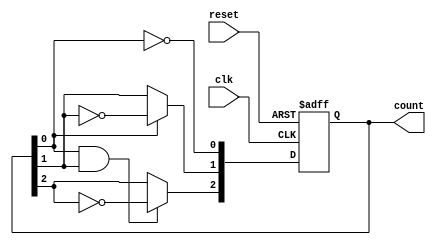
module async_binary_counter (
    input wire clk,         // Clock input
    input wire reset,       // Asynchronous reset input
    output reg [n-1:0] count // n-bit binary count output
);
    parameter n = 3; // Number of flip-flops (3 for a 3-bit counter)

    // Flip-flops for the counter
    reg [n-1:0] ff;

    always @(posedge clk or posedge reset) begin
        if (reset) begin
            ff <= 0; // Reset the counter to 0
        end else begin
            // T flip-flop behavior
            ff[0] <= ~ff[0]; // Toggle the least significant bit
            ff[1] <= ff[0] ? ~ff[1] : ff[1]; // Toggle if LSB is high
            ff[2] <= (ff[0] & ff[1]) ? ~ff[2] : ff[2]; // Toggle if both LSB and second bit are high
        end
    end

    assign count = ff; // Assign the flip-flop values to the count output

endmodule